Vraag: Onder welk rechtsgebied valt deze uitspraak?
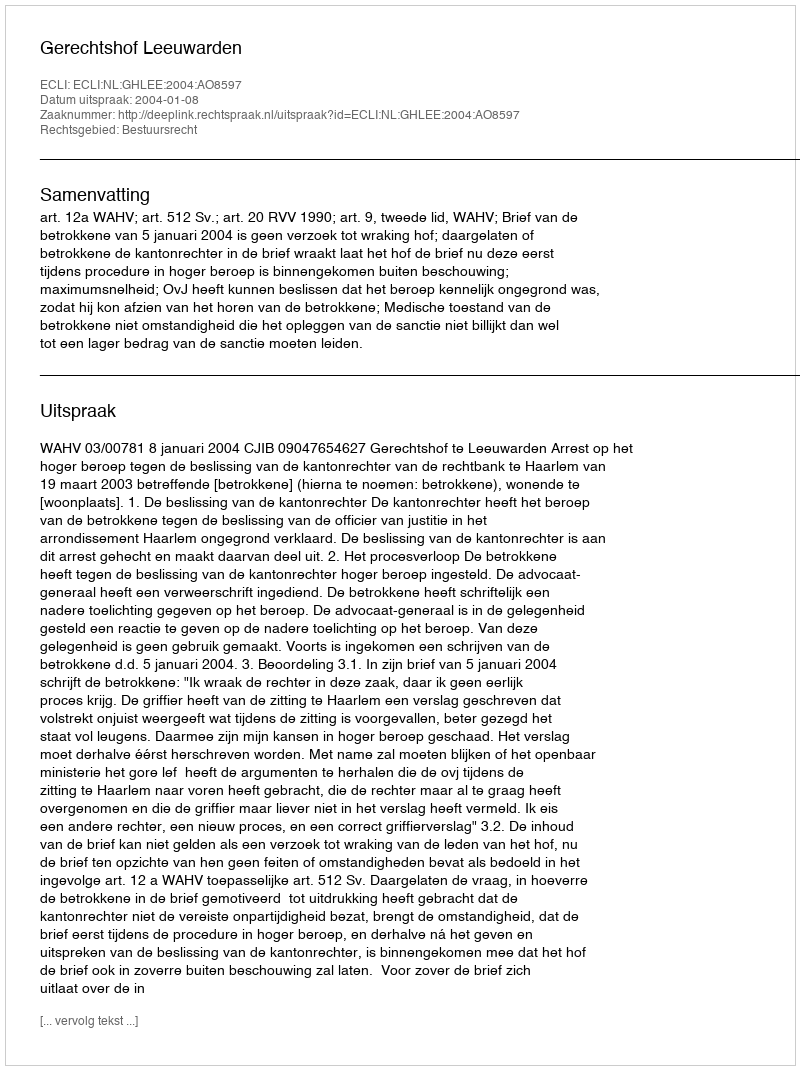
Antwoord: Bestuursrecht